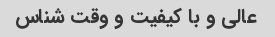
عالی و با کیفیت و وقت شناس